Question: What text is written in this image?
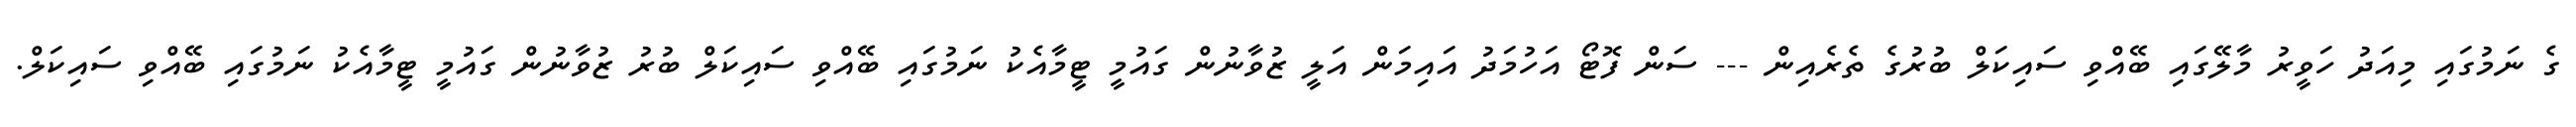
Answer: ގެ ނަމުގައި މިއަދު ހަވީރު މާލޭގައި ބޭއްވި ސައިކަލް ބުރުގެ ތެރެއިން --- ސަން ފޮޓޯ އަހުމަދު އައިމަން އަލީ ޒުވާނުން ގައުމީ ޓީމާއެކު ނަމުގައި ބޭއްވި ސައިކަލް ބުރު ޒުވާނުން ގައުމީ ޓީމާއެކު ނަމުގައި ބޭއްވި ސައިކަލް.